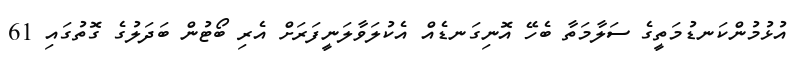
އުޅުމުންކަނޑުމަތީގެ ސަލާމަތާ ބެހޭ އޮނިގަނޑެއް އެކުލަވާލަނީފަރަށް އެރި ބޯޓުން ބަދަލުގެ ގޮތުގައި 61